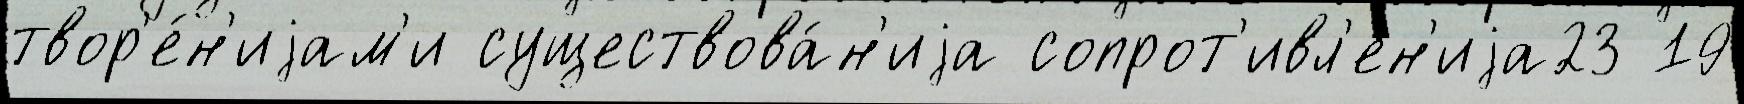
твор'е́н'иjам'и существова́н'иjа сопрот'ивл'ен'иjа23 19